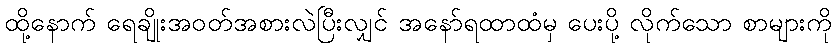
ထို့နောက် ရေချိုးအဝတ်အစားလဲပြီးလျှင် အနော်ရထာထံမှ ပေးပို့ လိုက်သော စာများကို